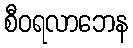
စီဝရလာဘေန